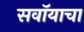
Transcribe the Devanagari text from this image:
सवॉयाचा